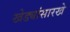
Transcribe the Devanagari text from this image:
खेड्यांसारखे